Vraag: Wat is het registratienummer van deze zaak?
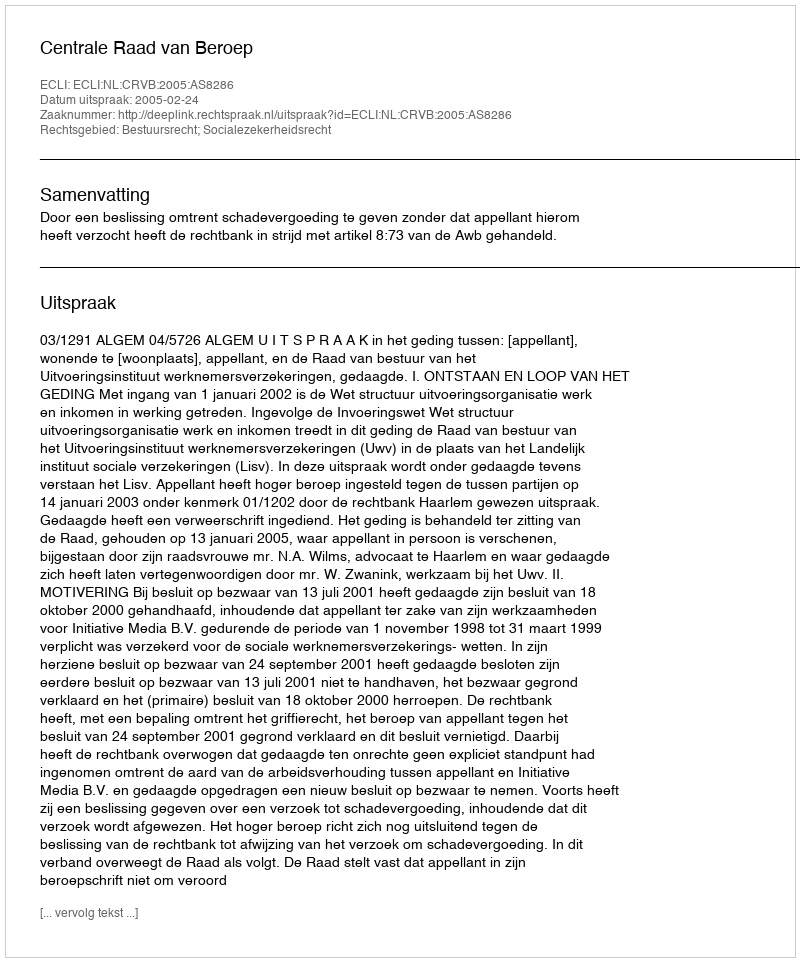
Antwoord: http://deeplink.rechtspraak.nl/uitspraak?id=ECLI:NL:CRVB:2005:AS8286